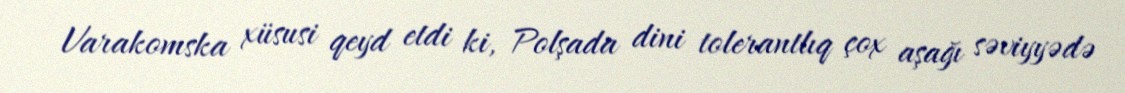
Varakomska xüsusi qeyd etdi ki, Polşada dini tolerantlıq çox aşağı səviyyədə